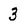
Character: 3